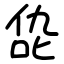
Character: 㖌